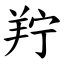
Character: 羜